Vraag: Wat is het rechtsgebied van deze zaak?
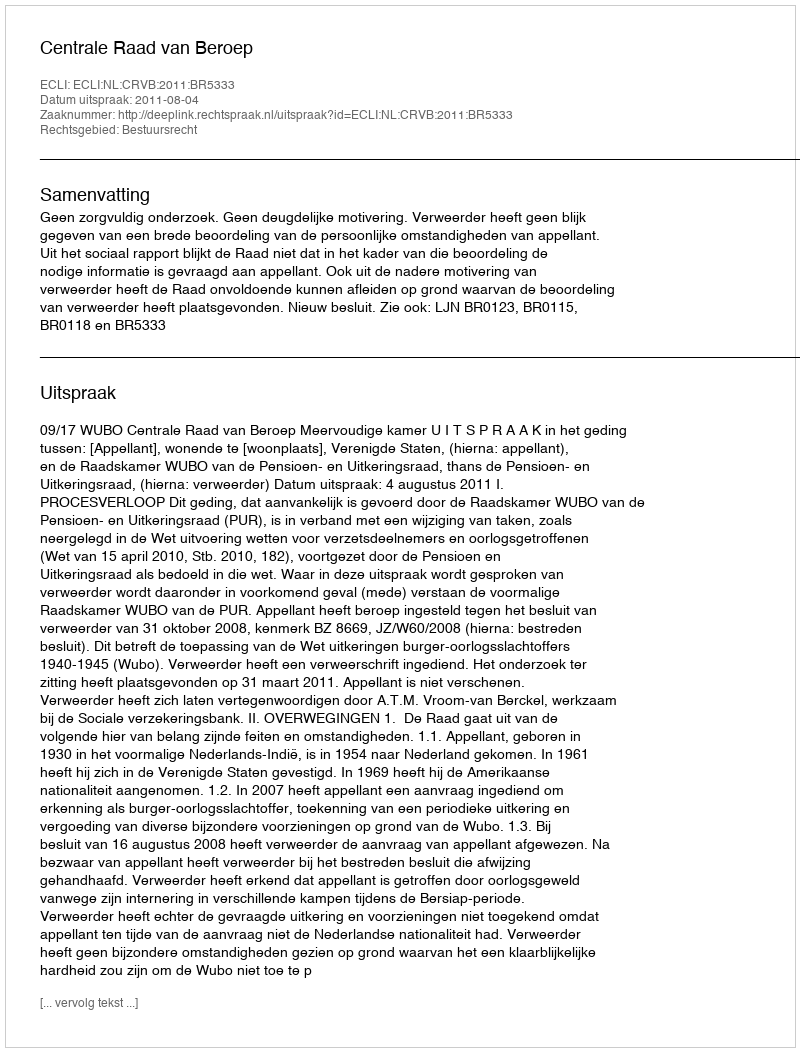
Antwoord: Bestuursrecht